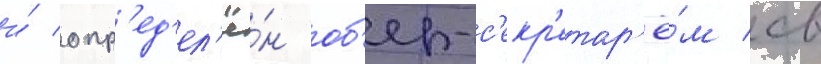
и́ опр'ед'ел'ё́н об'ер-с'екр'етар'ё́м св